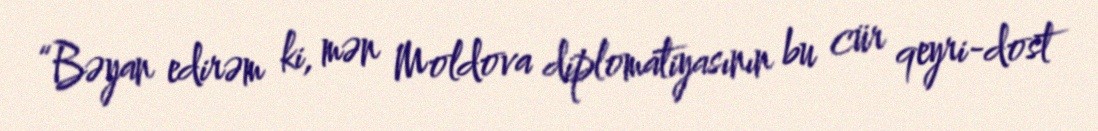
“Bəyan edirəm ki, mən Moldova diplomatiyasının bu cür qeyri-dost